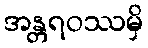
အန္တရဝဿမှိ